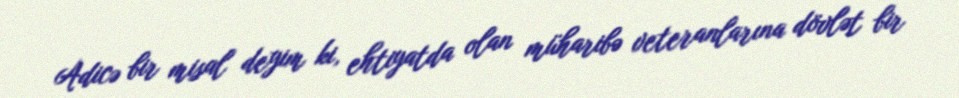
Adicə bir misal deyim ki, ehtiyatda olan müharibə veteranlarına dövlət bir